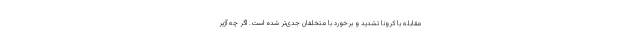
مقابله با کرونا تشدید و برخورد با متخلفان جدی‌تر شده است. اگر چه آژیر